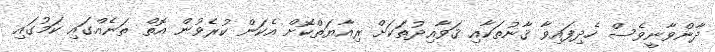
ދާންވާނީވެސް ހެދިފައިވާ ޤާނުތަކާއި ޤަވާއިދުތަކަށް ރިއާޔަތްކޮށް އެކަން ކުރެވުން އޮތް ތަނެއްގައި ކަމުގައި